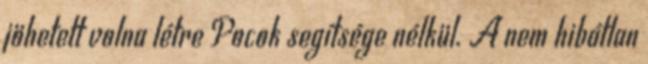
jöhetett volna létre Pocok segítsége nélkül. A nem hibátlan